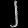
Digit: ၂